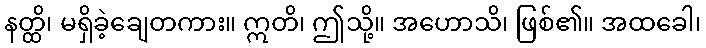
နတ္ထိ၊ မရှိခဲ့ချေတကား။ ဣတိ၊ ဤသို့။ အဟောသိ၊ ဖြစ်၏။ အထခေါ၊